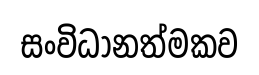
සංවිධානත්මකව